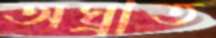
অঘ্রাত